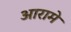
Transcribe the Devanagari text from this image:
आरामे